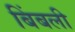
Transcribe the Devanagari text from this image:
बिंबली